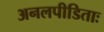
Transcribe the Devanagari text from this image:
अनलपीडिताः